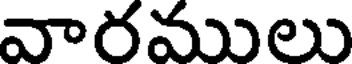
వారములు